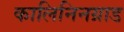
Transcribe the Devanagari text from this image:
कालिनिनग्राड